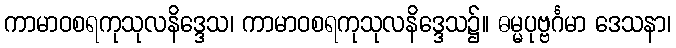
ကာမာဝစရကုသုလနိဒ္ဒေသ၊ ကာမာဝစရကုသုလနိဒ္ဒေသ၌။ ဓမ္မပုဗ္ဗင်္ဂမာ ဒေသနာ၊